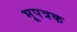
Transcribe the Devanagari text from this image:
भूपत्रक